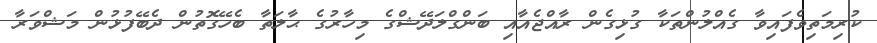
ކުރިމަތިވެފައިވާ ގެއްލުންތަކާ ގުޅިގެން ރާއްޖެއާއި ބަންގްލަދޭޝްގެ މިހާރުގެ ޙާލަތާ ބެހޭގޮތުން ދެބޭފުޅުން މަޝްވަރާ